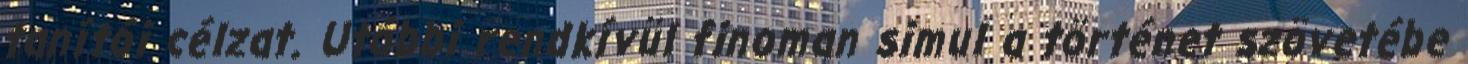
tanítói célzat. Utóbbi rendkívül finoman simul a történet szövetébe